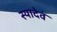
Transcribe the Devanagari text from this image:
स्यादेवं